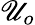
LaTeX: \mathscr{U}_{o}